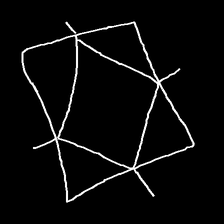
Glyph: light